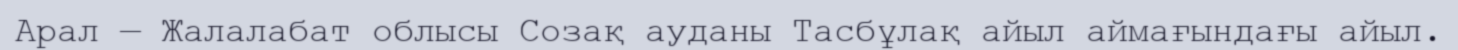
Арал — Жалалабат облысы Созақ ауданы Тасбұлақ айыл аймағындағы айыл.